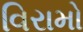
વિરામો